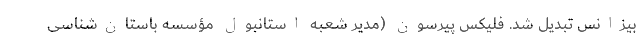
بیزانس تبدیل شد. فلیکس پیرسون (مدیر شعبه استانبول مؤسسه باستان‌شناسی